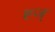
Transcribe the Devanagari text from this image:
हज्